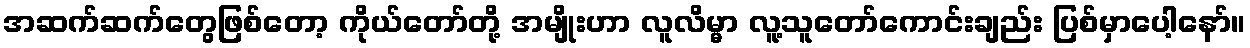
အဆက်ဆက်တွေဖြစ်တော့ ကိုယ်တော်တို့ အမျိုးဟာ လူလိမ္မာ လူ့သူတော်ကောင်းချည်း ပြစ်မှာပေါ့နော်။